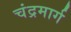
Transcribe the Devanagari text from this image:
चंद्रमार्ग